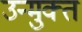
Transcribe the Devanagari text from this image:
उन्‍मुक्‍त